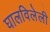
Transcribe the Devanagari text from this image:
घालविलेली